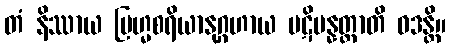
တံ နိဿာယ ဗြဟ္မစရိယာနုဂ္ဂဟာယ ပဋိပန္နတ္တာတိ ဝဒန္တိ။